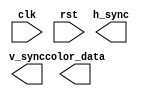
module vga_controller (
    input wire clk,      // input clock signal
    input wire rst,      // input reset signal

    output wire h_sync,  // horizontal sync pulse
    output wire v_sync,  // vertical sync pulse
    output wire [7:0] color_data,  // pixel color data output

    // other output signals for controlling display timing and refresh cycle
);

// Add your Verilog code here

endmodule